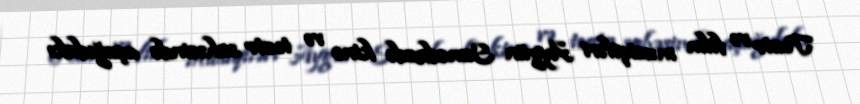
Teatr və film musiqiləri Aygün Səmədzadə kino və teatr sahəsində aşağıdakı